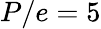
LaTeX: P/e=5